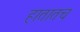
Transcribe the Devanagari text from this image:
हातातच